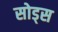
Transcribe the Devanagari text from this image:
सोड्स